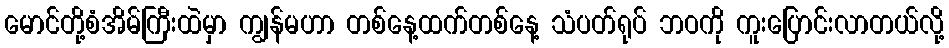
မောင်တို့စံအိမ်ကြီးထဲမှာ ကျွန်မဟာ တစ်နေ့ထက်တစ်နေ့ သံပတ်ရုပ် ဘဝကို ကူးပြောင်းလာတယ်လို့